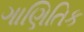
ગાણિતિક